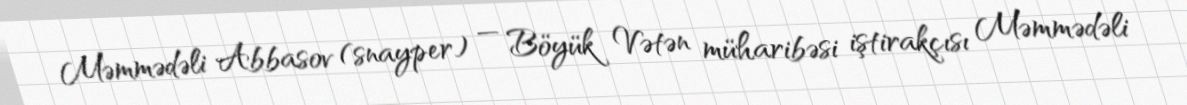
Məmmədəli Abbasov (snayper) — Böyük Vətən müharibəsi iştirakçısı Məmmədəli